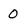
Character: 0